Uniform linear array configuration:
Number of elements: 64
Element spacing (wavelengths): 0.75
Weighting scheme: hann
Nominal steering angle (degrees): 0
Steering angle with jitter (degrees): -0.1924
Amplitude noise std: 0.05
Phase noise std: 0.05

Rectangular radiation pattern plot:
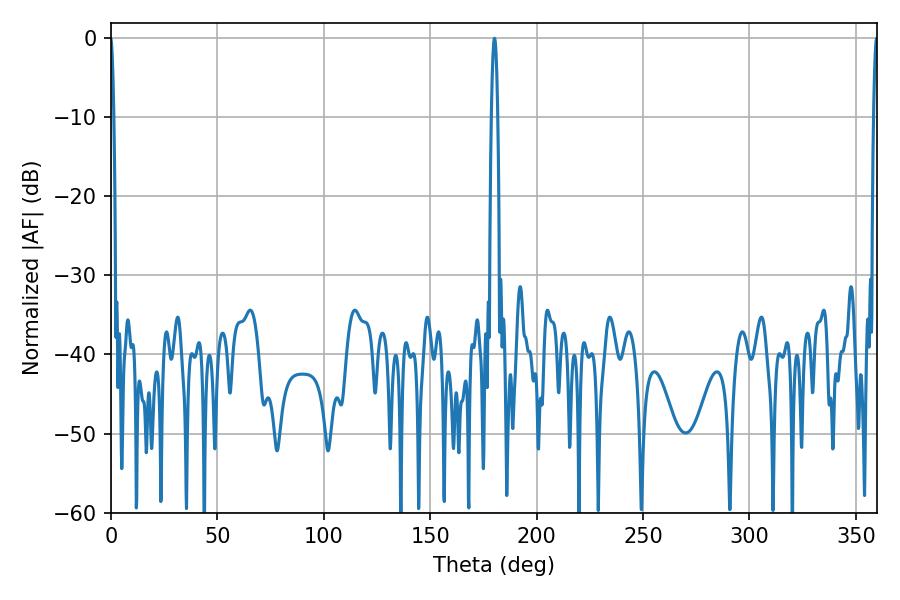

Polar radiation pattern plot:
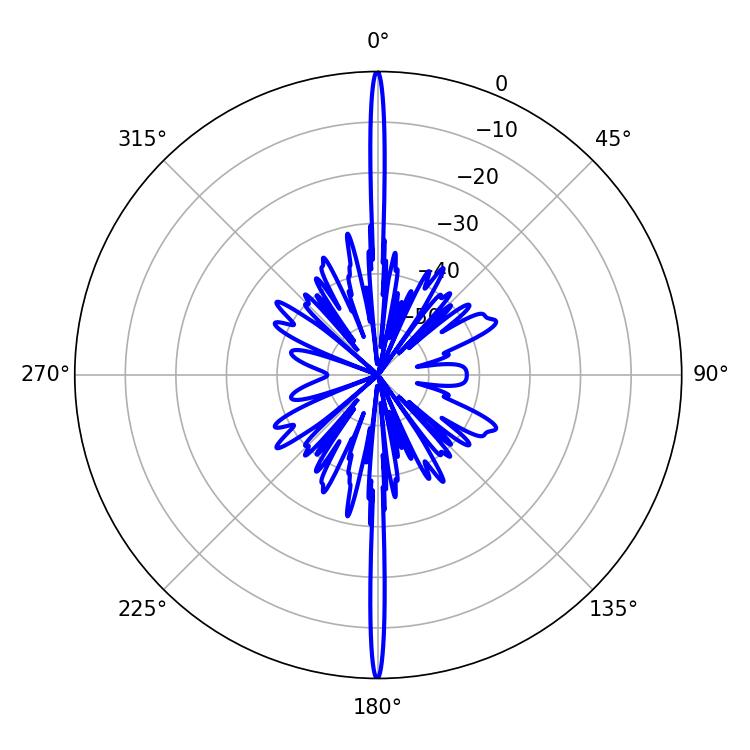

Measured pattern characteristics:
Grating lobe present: TRUE
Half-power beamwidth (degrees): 1.44
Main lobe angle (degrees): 180.18